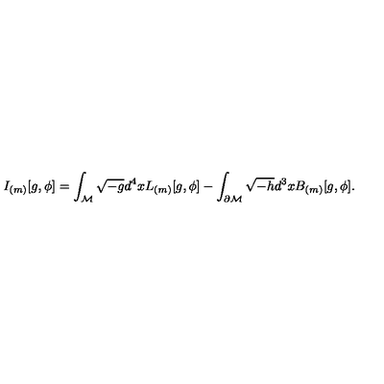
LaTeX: I _ { ( m ) } [ g , \phi ] = \int _ { \cal M } \sqrt { - g } d ^ { 4 } x L _ { ( m ) } [ g , \phi ] - \int _ { \partial { \cal M } } \sqrt { - h } d ^ { 3 } x B _ { ( m ) } [ g , \phi ] .